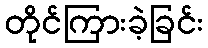
တိုင်ကြားခဲ့ခြင်း